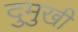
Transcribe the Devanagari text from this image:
दुमुखी